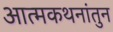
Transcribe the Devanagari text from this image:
आत्मकथनांतुन